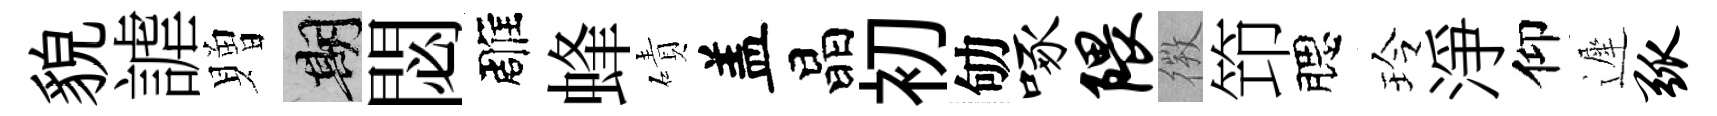
貌謔贈期閟雕蜂磧盖晶初劬啄隈𢕄笻腮玲淨仰遲弧